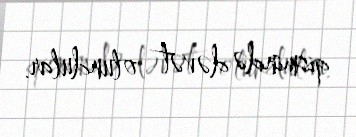
qismində dəvət olundular.